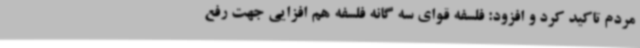
مردم تاکید کرد و افزود: فلسفه قوای سه گانه فلسفه هم افزایی جهت رفع